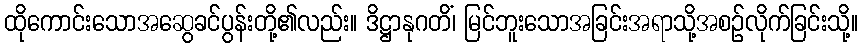
ထိုကောင်းသောအဆွေခင်ပွန်းတို့၏လည်း။ ဒိဋ္ဌာနုဂတိံ၊ မြင်ဘူးသောအခြင်းအရာသို့အစဉ်လိုက်ခြင်းသို့။